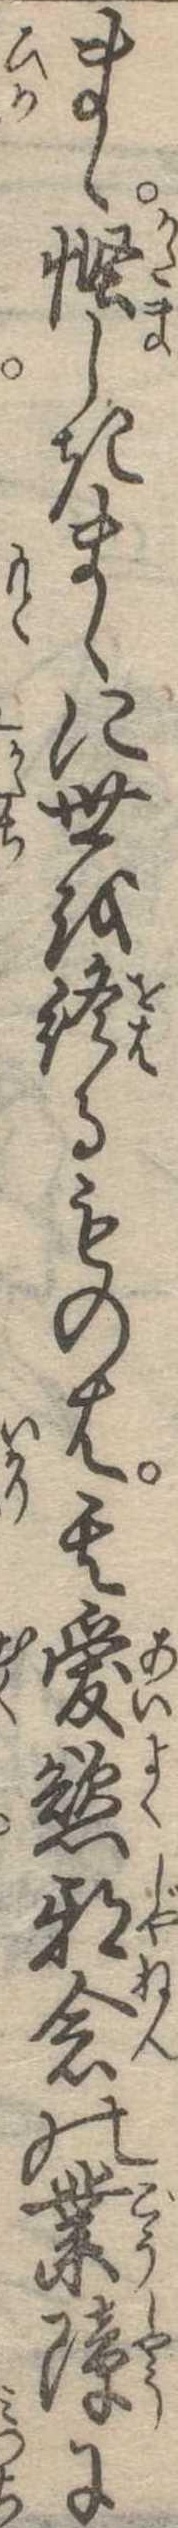
まゝ慳しきまゝに世を終るものは其愛慾邪念の業障に